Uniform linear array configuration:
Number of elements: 32
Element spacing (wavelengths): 0.5
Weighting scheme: blackman
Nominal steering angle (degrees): -30
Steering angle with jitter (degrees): -29.071
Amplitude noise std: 0.05
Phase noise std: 0.05

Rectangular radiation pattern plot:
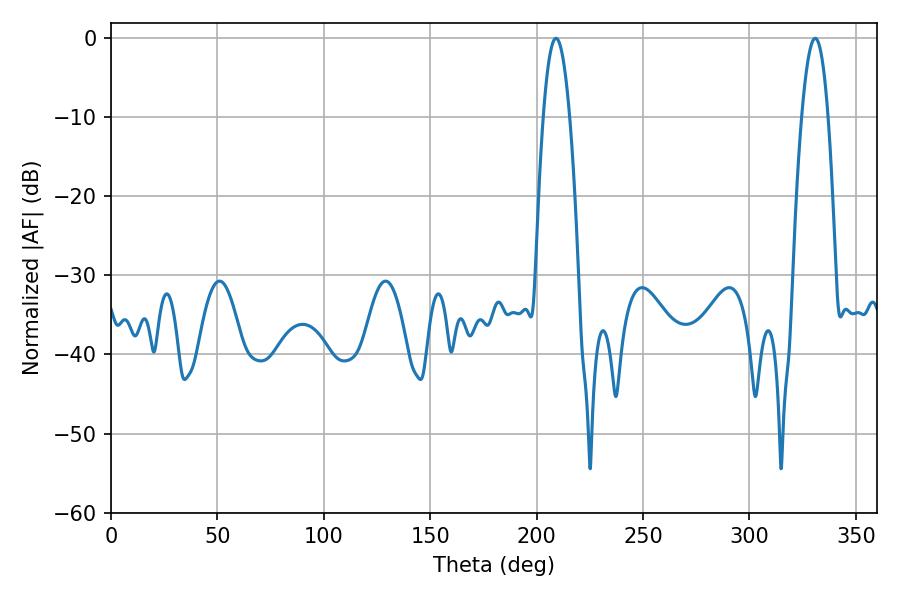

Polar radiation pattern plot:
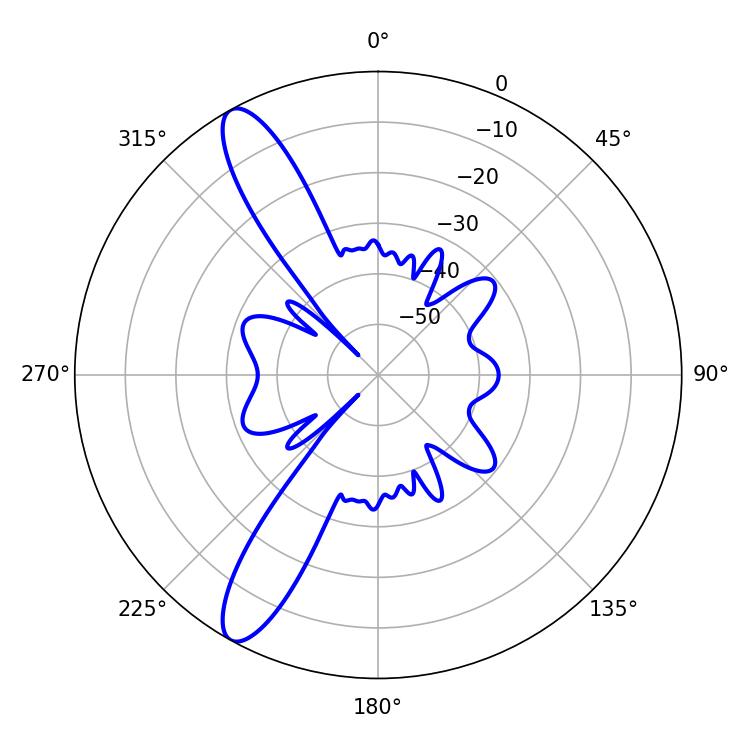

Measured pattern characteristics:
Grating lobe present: FALSE
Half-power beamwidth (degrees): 6.84
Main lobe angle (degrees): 330.84